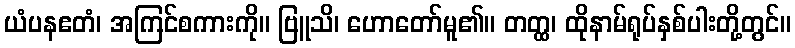
ယံပနဧတံ၊ အကြင်စကားကို။ ဗြူသိ၊ ဟောတော်မူ၏။ တတ္ထ၊ ထိုနာမ်ရုပ်နှစ်ပါးတို့တွင်။